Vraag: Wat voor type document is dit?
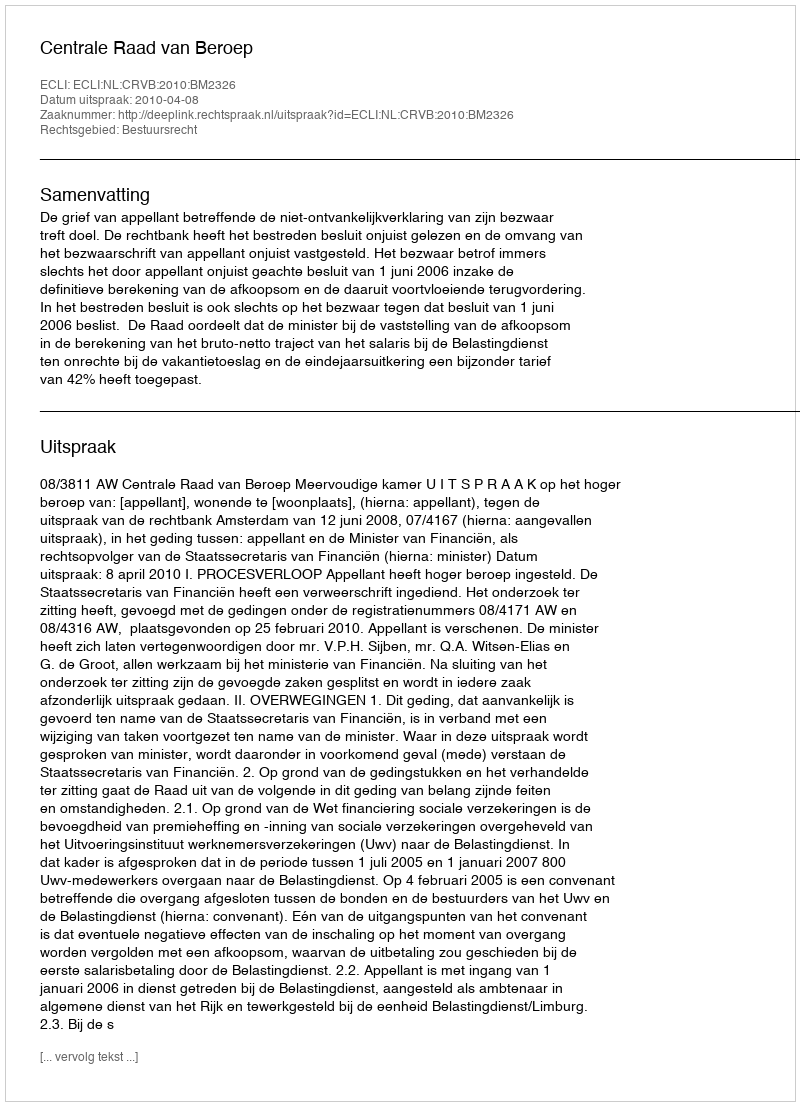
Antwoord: Uitspraak